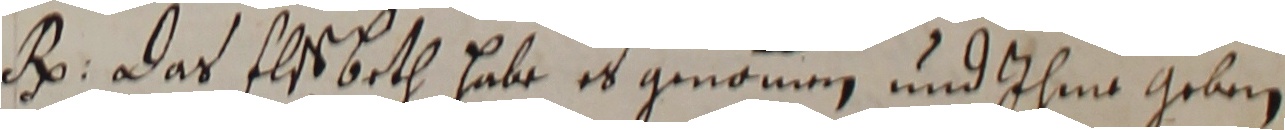
Bo. Das Els beth habe es genomen und ihme geben